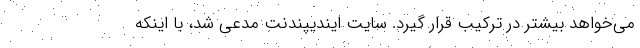
می‌خواهد بیشتر در ترکیب قرار گیرد. سایت ایندیپندنت مدعی شد، با اینکه